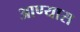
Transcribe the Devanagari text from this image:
आण्यास